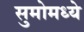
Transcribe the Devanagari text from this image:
सुमोमध्ये